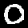
Digit: 0